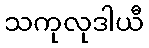
သကုလုဒါယီ